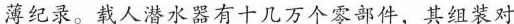
薄记录。载人潜水器有十几万个零部件，其组装对